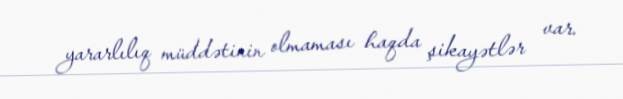
yararlılıq müddətinin olmaması haqda şikayətlər var.